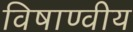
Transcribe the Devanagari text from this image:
विषाण्वीय